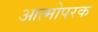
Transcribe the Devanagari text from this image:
आत्मोपरक